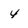
Character: 4